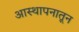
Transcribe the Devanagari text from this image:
आस्थापनातून